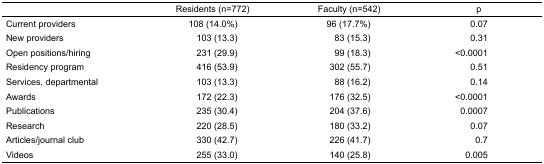
<table><thead><tr><td></td><td><b>Residents (n=772)</b></td><td><b>Faculty (n=542)</b></td><td><b>p</b></td></tr></thead><tbody><tr><td>Current providers</td><td>108 (14.0%)</td><td>96 (17.7%)</td><td>0.07</td></tr><tr><td>New providers</td><td>103 (13.3)</td><td>83 (15.3)</td><td>0.31</td></tr><tr><td>Open positions/hiring</td><td>231 (29.9)</td><td>99 (18.3)</td><td>&lt;0.0001</td></tr><tr><td>Residency program</td><td>416 (53.9)</td><td>302 (55.7)</td><td>0.51</td></tr><tr><td>Services, departmental</td><td>103 (13.3)</td><td>88 (16.2)</td><td>0.14</td></tr><tr><td>Awards</td><td>172 (22.3)</td><td>176 (32.5)</td><td>&lt;0.0001</td></tr><tr><td>Publications</td><td>235 (30.4)</td><td>204 (37.6)</td><td>0.0007</td></tr><tr><td>Research</td><td>220 (28.5)</td><td>180 (33.2)</td><td>0.07</td></tr><tr><td>Articles/journal club</td><td>330 (42.7)</td><td>226 (41.7)</td><td>0.7</td></tr><tr><td>Videos</td><td>255 (33.0)</td><td>140 (25.8)</td><td>0.005</td></tr></tbody></table>